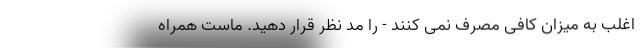
اغلب به میزان کافی مصرف نمی کنند - را مد نظر قرار دهید. ماست همراه